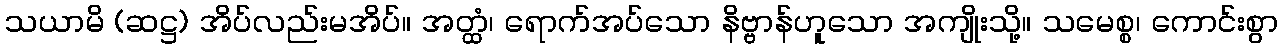
သယာမိ (ဆဋ္ဌ) အိပ်လည်းမအိပ်။ အတ္ထံ၊ ရောက်အပ်သော နိဗ္ဗာန်ဟူသော အကျိုးသို့။ သမေစ္စ၊ ကောင်းစွာ